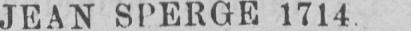
JEAN SPERGE 1714